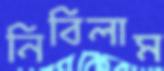
নিবিলাম